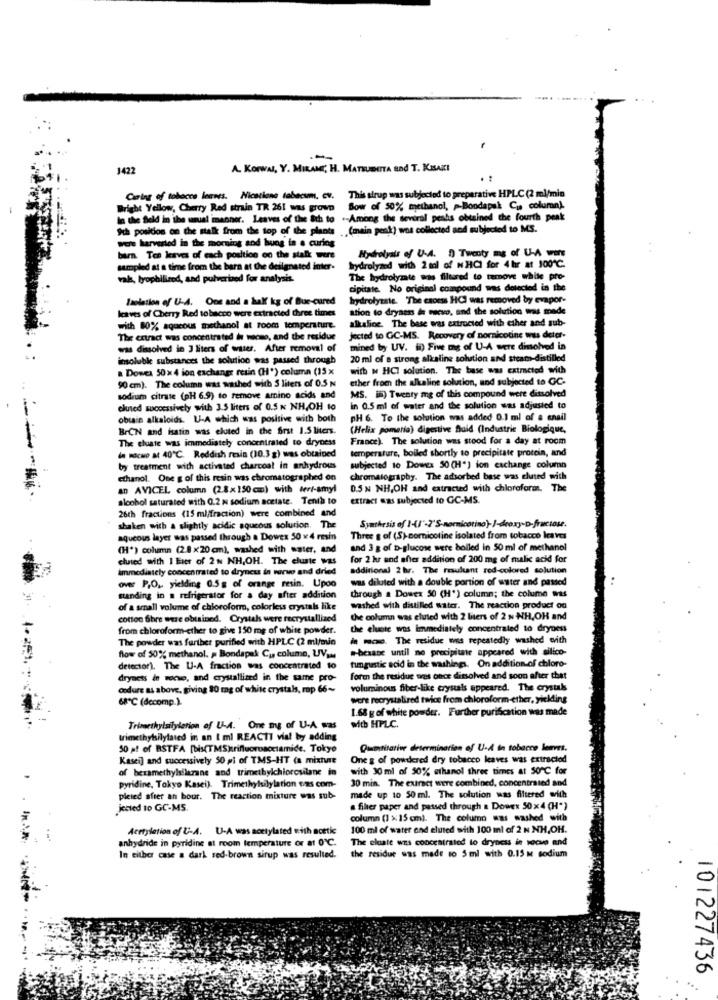
---
J422
A. Korwal, Y. MIKAMI, H. MATSUBMITA Bad T. KISAKI
Caring of tobacco leaves. Nications tabacum, cv. This sirup was subjected to preparative HPLC (2 ml/min
Bright Yellow, Cherry Red strain TR 261 was grown Sow of 50% methanol, p-Bondapsk Cus column).
In the field in the wual macher. Leaves of the 8th to .- Among the several peaks obtained the fourth peak
Ich position on the stalk from the top of the plants (main peak) was collected and subjected to MS.
were harverted in the morning and hung in a curing
barn. Ten leaves of each position on the stalk were
Hydrolyals of U-4. 1) Twenty me of U-A wits
sampled at a time from the barn at the designated inter-
hydrolyzed wich 2 mal of N HCI for 4 hr at 100℃.
val, tyophilized, and pulverized for analysis.
The hydrolyzate arts filtered to remove white pro-
cipitate. No original compound was detected in the
Isolation of U-A. One and a half kg of Blue-cured
hydrolyzate. The caoess HCI was removed by evapor-
leaves of Cherry Red tobacco were extracted three times
ation to dryness in secvo, and the solution was made
alkalioc. The base was extracted with ether and sub-
with 80% aqueous methanol at room temperature.
The ertract was concentrated in wacme, and the residue
jected to GC-MS. Recovery of nornicotine was deter-
was dissolved in 3 liters of water. After removal of
mined by UV. il) Five mg of U-A were dissolved in
insoluble substances the solution was passed through
20 ml of a strong alkaline solution and steam-distilled
a Dowex 50 x 4 ion exchange retin (H*) column (15 x
with N HCI solution. The base was extracted with
90 cm). The column was washed with 5 liters of 0.5 N
ether from the alkaline solution, and subjected to GC-
MS. il) Twenty mg of this compound were dissolved
sodium citrate (pH 6.9) to remove amino acids and
eluted successively with 3.5 liters of 0.5 x NH,OH to
in 0.5 ml of water and the solution was adjusted to
obusie alkaloids. U-A which was positive with both
pH 6. To the solution was added 0.1 ml of a snail
BrCN and isatin was eluted in the first 1.5 liters.
(Helix pomaria) digestive fluid (Industrie Biologique,
The cluate was immediately concentrated to dryness
France). The solution was stood for a day at room
temperature, boiled shortly to precipitate protein, and
in RICHO AL 40℃. Reddish rela (10.3 g) was obtained
by treatment with activated charcoal in anhydrous
subjected to Dowex 50 (H") ion exchange column
ethanol. One g of this resin was chromatographed on
chromatography. The adsorbed base was eluted with
an AVICEL column (2.8x150 cm) with teri-amyl
0.5 N NH,OH and extracted with chloroform. The
alcohol saturated with 0.2 N sodium acetate. Tenth to
extract was subjected to GC-MS.
26th fractions (15 ml/fraction) were combined and
shaken with a slightly acidic aqueous solution. The
Synthesis of I-()'-7'S-noricotino)-I-deoxy-D-fructose.
aqueous layer was passed through a Dowes 50 × 4 resin
Three g of (S)- comnicotine isolated from tobacco leaves
(H") column (2.8 x20 cm), washed with water, and
and 3 g of D-glucose were boiled in 50 ml of methanol
elused with I Eser of 2 N NH,OH. The cluste was
for 2 hr and after addition of 200 mg of malic acid for
immediately concentrated to dryness in narwo and dried
additional 2 hr. The resultant red-colored solution
was diluted with a double portion of water and passed
over P,O ,, yielding 0.5g of orange resin. Upoo
standing in a refrigerator for a day after addition
through a Dowex 50 (H') column; the colume was
of a small volume of chloroform, colorless crystals like
washed with distilled water. The reaction product og
cotton Shre were obtained. Crystals were recrystallized
the column was eluted with 2 liters of 2 N NH,OH and
from chloroform-cther to give 150 mg of white powder.
the eluote was immediately concentrated to dryness
The powder was further purified with HPLC (2 ml/min
in mos. The residue wes repeatedly washed evith
e-hexane until no precipitate appeared with silico-
flow of 50% methanol. # Bondapak Cy colume, UVan
detector). The U-A fraction was concentrated to
tungustic acid in the washings. On addition of chloro-
dryness in woce, and crystallized in the same pro-
form the residue ores once dissolved and soon after that
cedure as above, giving 10 mg of white crystals, mp 66~
voluminous fiber-like crystals appeared. The crystals
68℃ (decomp.).
were recrystalired twice from chloroform-ether, yielding
1.68 g of white powder. Further purification was made
Trimethylsilylerion of LLA. One mg of U-A was
with HPLC.
trimethylsilylated in an I ml REACTI vial by adding
50 af of RSTFA [bis(TMSkrifluoroacctamide. Tokyo
Quemtitative determination of U-A in tobacco leaves.
Kasei] and successively 50 pi of TMS-HT (a mixhat
One g of powdered dry tobacco leaves was extracted
of beramethylsilarane and trimetbylchiorosilane in
with 30 ml of 50% ethanol three times at 50 ℃ for
30 min. The extract were combined, concentrated and
pyridine, Tokyo Kasei). Trimethylilylation was com-
pleted sfeer an bour. The reaction mixture was sub-
made up to 50 ml. The solution was filtered with
jected to GC-MS.
s fiher paper and passed through a Dowex 50x4 (H")
column (1 x15 cm). The column aus washed with
Aertyletion of U-A. U-A was acetylated with acetic
100 ml of water end eluted with 100 ml of 2 N NH,OH.
anhydride in pyridine at room temperature or at 0℃.
The eluatt was concentrated to dryness in secue and
In either case a dark red-brown sirup was resulted.
the residue was made to 5 ml with 0.15 M sodium
101227436